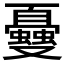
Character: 𠮕